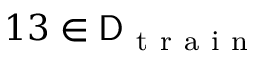
1 3 \in \mathsf { D } _ { \mathrm { ~ t ~ r ~ a ~ i ~ n ~ } }